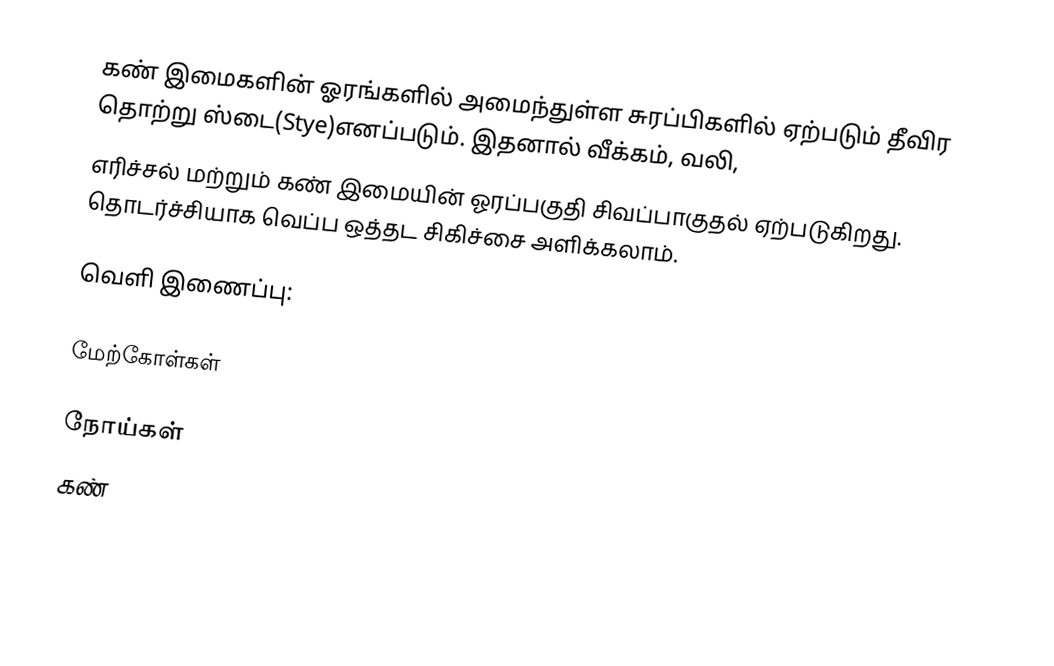
கண் இமைகளின் ஓரங்களில் அமைந்துள்ள சுரப்பிகளில் ஏற்படும் தீவிர தொற்று ஸ்டை(Stye)எனப்படும். இதனால் வீக்கம், வலி,
எரிச்சல் மற்றும் கண் இமையின் ஓரப்பகுதி சிவப்பாகுதல் ஏற்படுகிறது. தொடர்ச்சியாக வெப்ப ஒத்தட சிகிச்சை அளிக்கலாம்.

வெளி இணைப்பு:

மேற்கோள்கள்

நோய்கள்
கண்